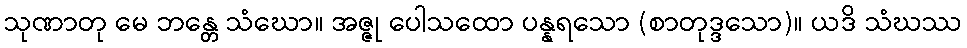
သုဏာတု မေ ဘန္တေ သံဃော။ အဇ္ဇု ပေါသထော ပန္နရသော (စာတုဒ္ဒသော)။ ယဒိ သံဃဿ